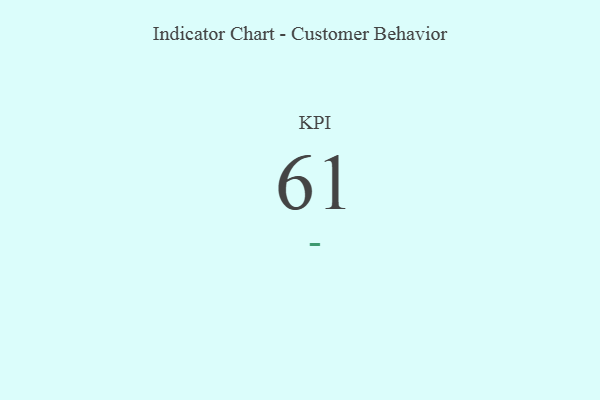
{"axis": {"x": "KPI", "y": "Value"}, "legend": [""], "data": [{"x": "KPI", "y": 61, "type": ""}]}